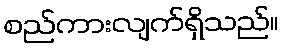
စည်ကားလျက်ရှိသည်။